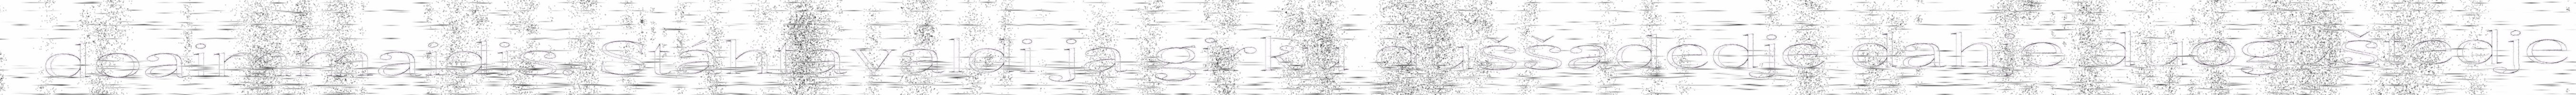
doaimmaidis. Stáhtaváldi ja girku duššadedje dahje duoguštedje